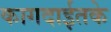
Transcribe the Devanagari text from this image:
कागदाईतके